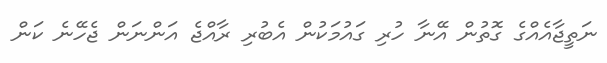
ނަތީޖާއެއްގެ ގޮތުން އޭނާ ހުރި ގައުމަކުން އެބުރި ރާއްޖެ އަންނަން ޖެހޭނެ ކަން